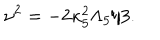
\nu ^ { 2 } = - 2 \kappa _ { 5 } ^ { 2 } \Lambda _ { 5 } / 3 .